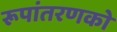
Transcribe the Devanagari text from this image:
रूपांतरणको